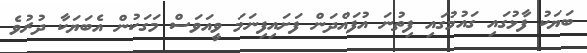
ބަޔަކު ފާޅުގައި ގައުމުގައި ފިތުނަ އުފައްދަން ފަށައިފިނަމަ ވީއަވަސް މަގަކުން އެބަޔަކާ ދުރުވެ